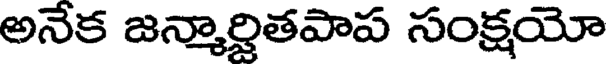
అనేక జన్మార్జితపాప సంక్షయో